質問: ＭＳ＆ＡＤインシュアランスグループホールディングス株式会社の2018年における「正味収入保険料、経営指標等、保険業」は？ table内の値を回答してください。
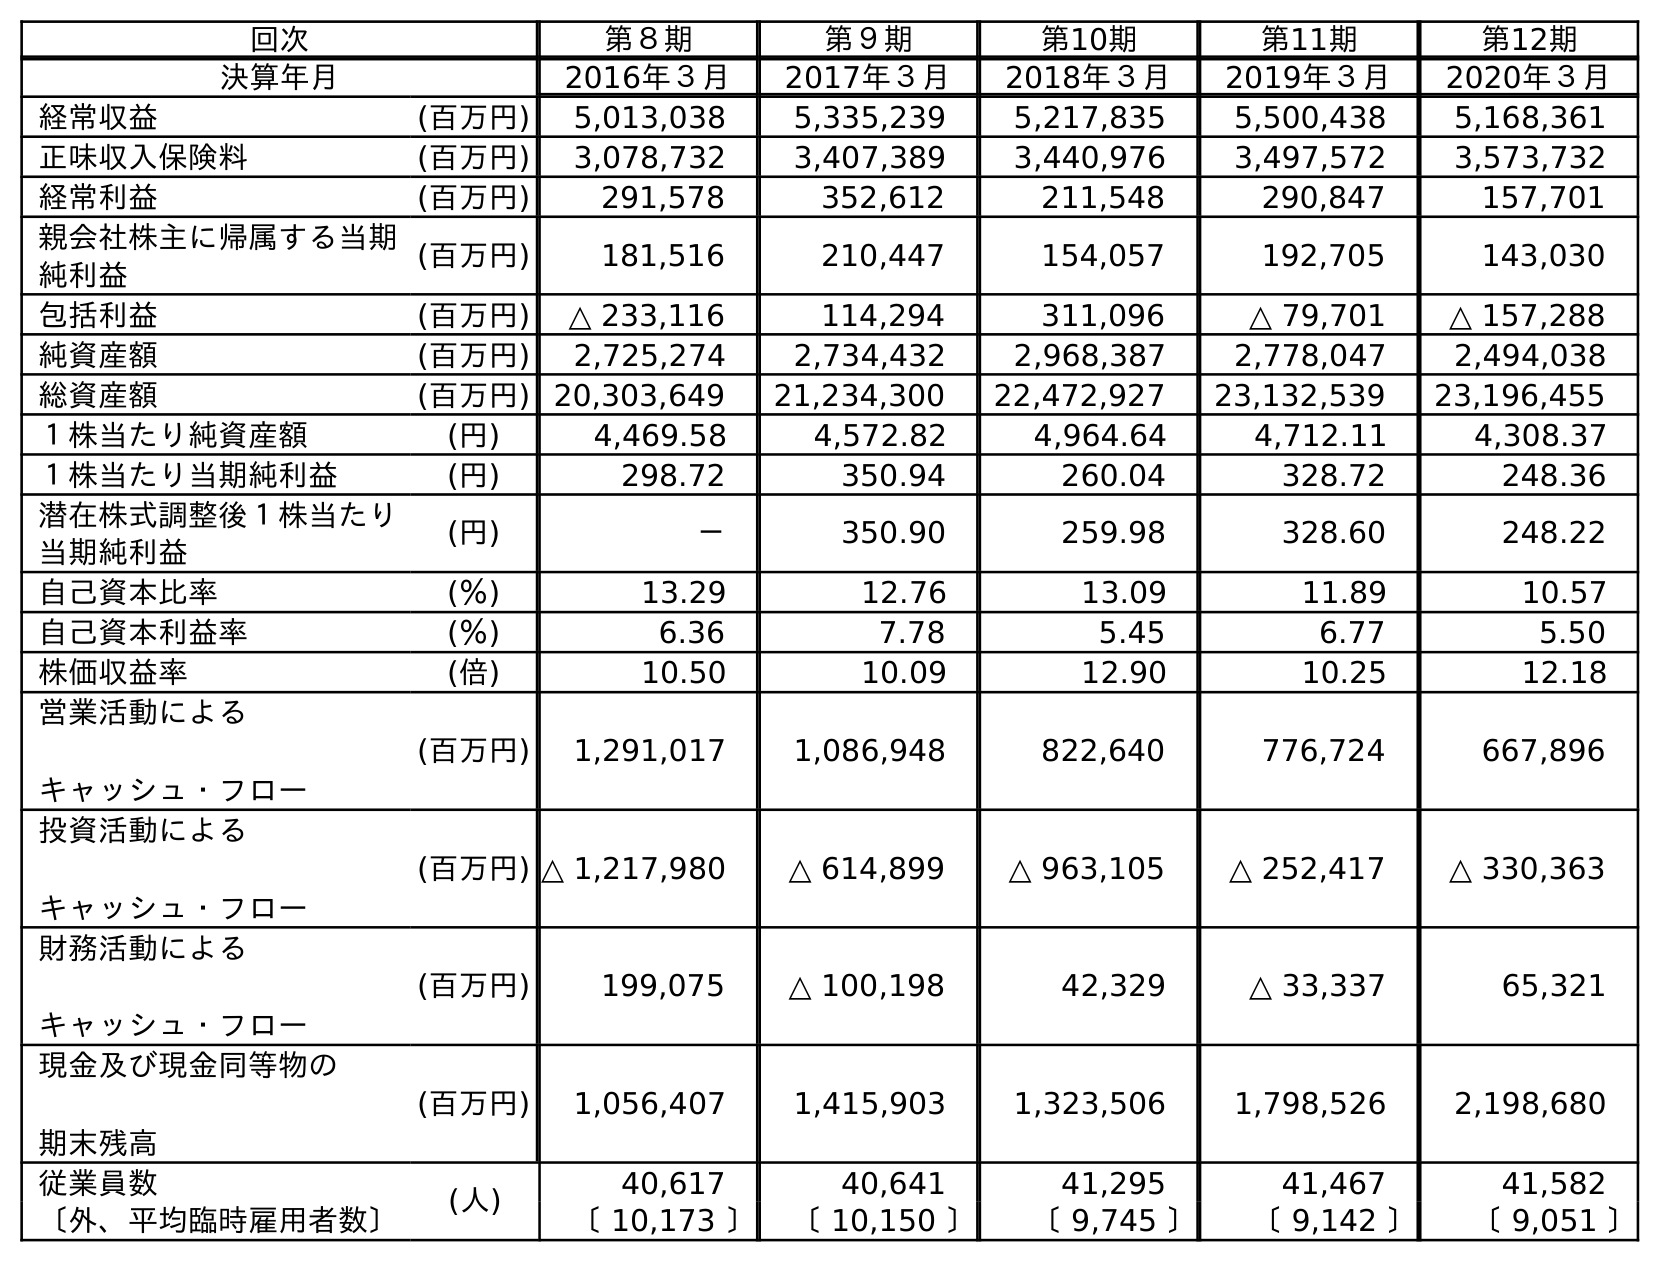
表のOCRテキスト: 回次 第８期 第９期 第10期 第11期 第12期 決算年月 2016年３月 2017年３月 2018年３月 2019年３月 2020年３月 経常収益 (百万円) 5,013,038 5,335,239 5,217,835 5,500,438 5,168,361 正味収入保険料 (百万円) 3,078,732 3,407,389 3,440,976 3,497,572 3,573,732 経常利益 (百万円) 291,578 352,612 211,548 290,847 157,701 親会社株主に帰属する当期 純利益 (百万円) 181,516 210,447 154,057 192,705 143,030 包括利益 (百万円) △ 233,116 114,294 311,096 △ 79,701 △ 157,288 純資産額 (百万円) 2,725,274 2,734,432 2,968,387 2,778,047 2,494,038 総資産額 (百万円) 20,303,649 21,234,300 22,472,927 23,132,539 23,196,455 １株当たり純資産額 (円) 4,469.58 4,572.82 4,964.64 4,712.11 4,308.37 １株当たり当期純利益 (円) 298.72 350.94 260.04 328.72 248.36 潜在株式調整後１株当たり 当期純利益 (円) － 350.90 259.98 328.60 248.22 自己資本比率 (％) 13.29 12.76 13.09 11.89 10.57 自己資本利益率 (％) 6.36 7.78 5.45 6.77 5.50 株価収益率 (倍) 10.50 10.09 12.90 10.25 12.18 営業活動による キャッシュ・フロー (百万円) 1,291,017 1,086,948 822,640 776,724 667,896 投資活動による キャッシュ・フロー (百万円) △ 1,217,980 △ 614,899 △ 963,105 △ 252,417 △ 330,363 財務活動による キャッシュ・フロー (百万円) 199,075 △ 100,198 42,329 △ 33,337 65,321 現金及び現金同等物の 期末残高 (百万円) 1,056,407 1,415,903 1,323,506 1,798,526 2,198,680 従業員数 (人) 40,617 40,641 41,295 41,467 41,582 〔外、平均臨時雇用者数〕 〔 10,173 〕 〔 10,150 〕 〔 9,745 〕 〔 9,142 〕 〔 9,051 〕
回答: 3,440,976